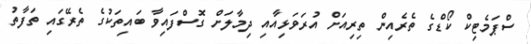
ސްޕަމެޓިކް ކޯޑްގެ ތެރެއިން ތިރިއަށް އުރަވަޅިއާއި ދިމާލަށް ގޮސްފައިވާ ބައިތަކުގެ ތެރޭގައި ތަފާތު